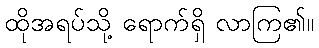
ထိုအရပ်သို့ ရောက်ရှိ လာကြ၏။